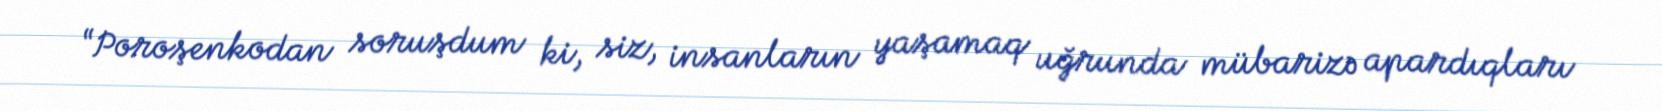
“Poroşenkodan soruşdum ki, siz, insanların yaşamaq uğrunda mübarizə apardıqları